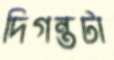
দিগন্তটা